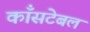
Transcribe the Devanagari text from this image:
काँसटेबल